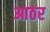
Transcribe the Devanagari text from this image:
आठर